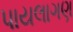
પાયલાગણ